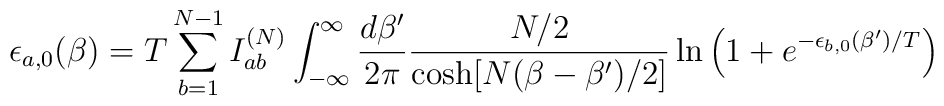
\epsilon_{a,0}(\beta) = T \sum_{b=1}^{N-1} I_{ab}^{(N)} \int_{-\infty}^\infty\frac{d\beta'}{2\pi}\frac{N/2}{\cosh[N(\beta-\beta')/2]}\ln\left(1+e^{-\epsilon_{b,0}(\beta')/T}\right)